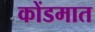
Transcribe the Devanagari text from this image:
कोंडमात